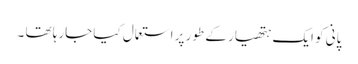
پانی کو ایک ہتھیار کے طور پر استعمال کیا جارہا تھا ۔